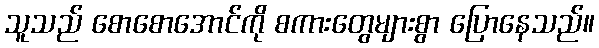
သူသည် စောစောအောင်ကို စကားတွေများစွာ ပြောနေသည်။